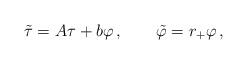
LaTeX: \begin{align*}\tilde \tau = A \tau + b \varphi \,, \qquad \tilde\varphi = r_+\varphi \,,\end{align*}